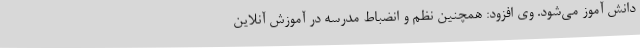
دانش آموز می‌شود. وی افزود: همچنین نظم و انضباط مدرسه در آموزش آنلاین